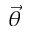
\vec { \theta }